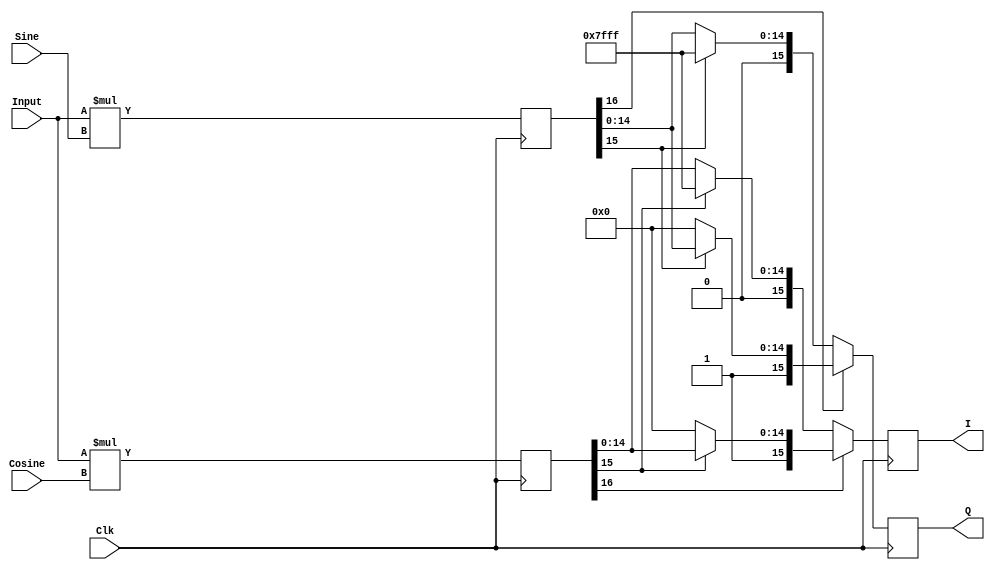
//==============================================================================
// Copyright (C) John-Philip Taylor
// jpt13653903@gmail.com
//
// This file is part of the FPGA Masters Course
//
// This file is free software: you can redistribute it and/or modify
// it under the terms of the GNU General Public License as published by
// the Free Software Foundation, either version 3 of the License, or
// (at your option) any later version.
//
// This program is distributed in the hope that it will be useful,
// but WITHOUT ANY WARRANTY; without even the implied warranty of
// MERCHANTABILITY or FITNESS FOR A PARTICULAR PURPOSE.  See the
// GNU General Public License for more details.
//
// You should have received a copy of the GNU General Public License
// along with this program.  If not, see <http://www.gnu.org/licenses/>
//==============================================================================

module Mixer(
 input Clk,

 // 2's complement input signal
 input  [7:0]Input,  

 // 2's complement components from NCO
 input  [8:0]Sine,   
 input  [8:0]Cosine,

 // 2's complement output
 output reg [15:0]I, 
 output reg [15:0]Q
);
//------------------------------------------------------------------------------

reg [16:0]I_Int;
reg [16:0]Q_Int;

always @(posedge Clk) begin
 I_Int <= $signed(Input) * $signed(Cosine);
 Q_Int <= $signed(Input) * $signed(Sine  );

 if(I_Int[16]) begin
  if(I_Int[15]) I <= I_Int[15:0];
  else          I <= 16'h8000;
 end else begin
  if(I_Int[15]) I <= 16'h7FFF;
  else          I <= I_Int[15:0];
 end

 if(Q_Int[16]) begin
  if(Q_Int[15]) Q <= Q_Int[15:0];
  else          Q <= 16'h8000;
 end else begin
  if(Q_Int[15]) Q <= 16'h7FFF;
  else          Q <= Q_Int[15:0];
 end
end
//------------------------------------------------------------------------------

endmodule
//------------------------------------------------------------------------------